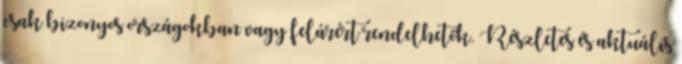
csak bizonyos országokban vagy felárért rendelhetők. Részletes és aktuális